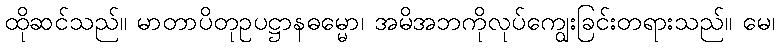
ထိုဆင်သည်။ မာတာပိတုဥပဋ္ဌာနဓမ္မော၊ အမိအဘကိုလုပ်ကျွေးခြင်းတရားသည်။ မေ၊